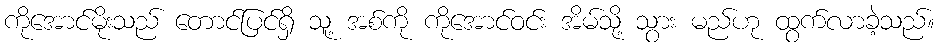
ကိုအောင်မိုးသည် တောင်ပြင်ရှိ သူ့ အစ်ကို ကိုအောင်ဝင်း အိမ်သို့ သွား မည်ဟု ထွက်လာခဲ့သည်။